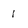
Character: 1